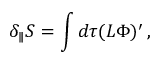
\delta _ { \parallel } S = \int d \tau ( L \Phi ) ^ { \prime } \, ,